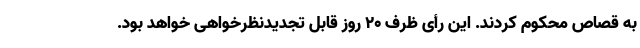
به قصاص محکوم کردند. این رأی ظرف ۲۰ روز قابل تجدیدنظرخواهی خواهد بود.